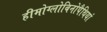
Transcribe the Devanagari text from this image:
हीमोग्लोबिनोपैथियां